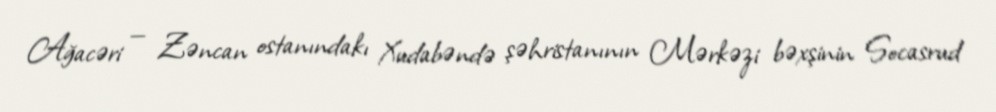
Ağacəri — Zəncan ostanındakı Xudabəndə şəhristanının Mərkəzi bəxşinin Socasrud